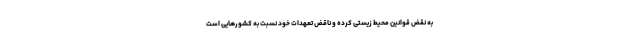
به نقض قوانین محیط زیستی کرده و ناقض تعهدات خود نسبت به کشورهایی است